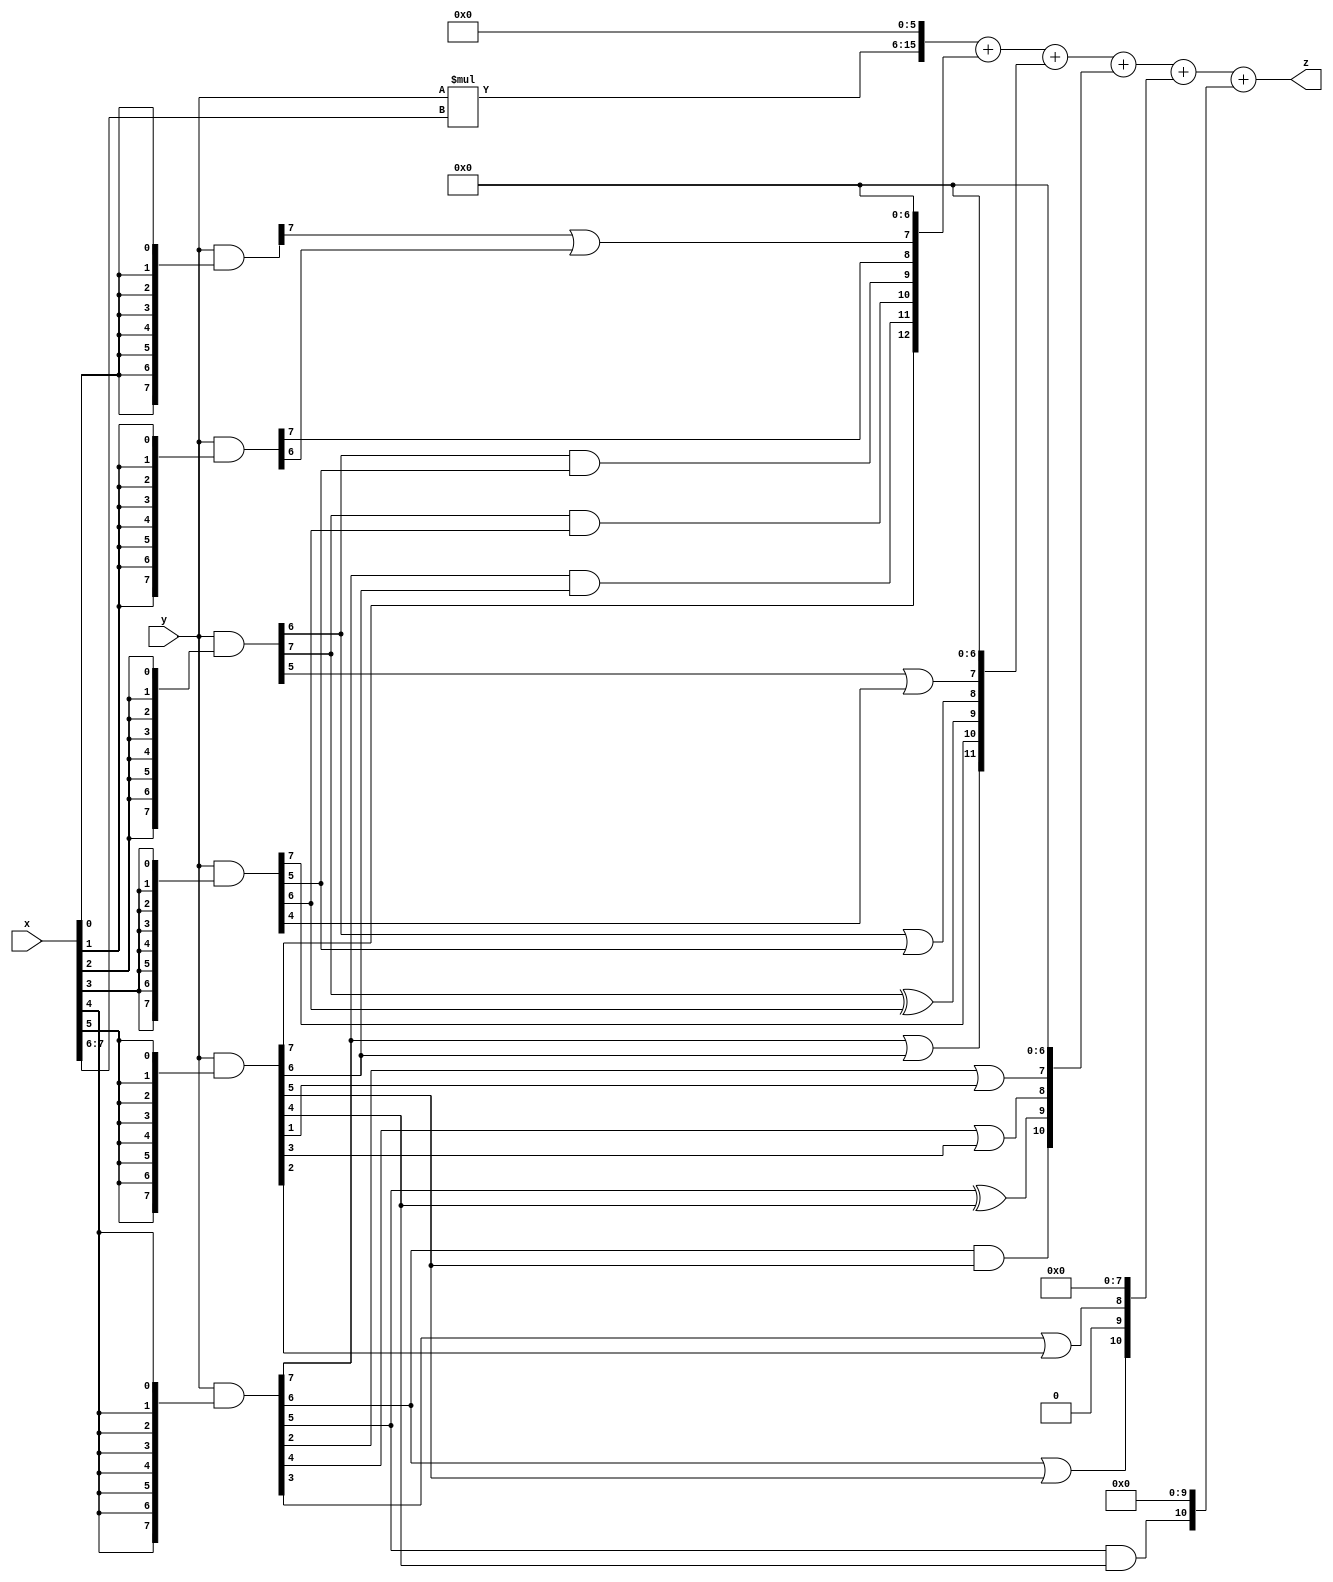
// terms: 18
// fval:  209294.25

module unsigned_exchange_8x8_l6_lamb10000_8 (
	input [7:0] x,
	input [7:0] y,
	output [15:0] z
);

wire [7:0] part1 =  y & {8{x[0]}};
wire [7:0] part2 =  y & {8{x[1]}};
wire [7:0] part3 =  y & {8{x[2]}};
wire [7:0] part4 =  y & {8{x[3]}};
wire [7:0] part5 =  y & {8{x[4]}};
wire [7:0] part6 =  y & {8{x[5]}};
wire [7:0] part7 =  y & {8{x[6]}};
wire [7:0] part8 =  y & {8{x[7]}};

wire [12:0] new_part1;
assign new_part1[0] = 0;
assign new_part1[1] = 0;
assign new_part1[2] = 0;
assign new_part1[3] = 0;
assign new_part1[4] = 0;
assign new_part1[5] = 0;
assign new_part1[6] = 0;
assign new_part1[7] = part1[7] | part2[6];
assign new_part1[8] = part2[7];
assign new_part1[9] = part3[6] & part4[5];
assign new_part1[10] = part3[7] & part4[6];
assign new_part1[11] = part5[7] & part6[6];
assign new_part1[12] = part6[7];

wire [11:0] new_part2;
assign new_part2[0] = 0;
assign new_part2[1] = 0;
assign new_part2[2] = 0;
assign new_part2[3] = 0;
assign new_part2[4] = 0;
assign new_part2[5] = 0;
assign new_part2[6] = 0;
assign new_part2[7] = part3[5] | part4[4];
assign new_part2[8] = part3[6] | part4[5];
assign new_part2[9] = part3[7] ^ part4[6];
assign new_part2[10] = part4[7];
assign new_part2[11] = part5[7] | part6[6];

wire [10:0] new_part3;
assign new_part3[0] = 0;
assign new_part3[1] = 0;
assign new_part3[2] = 0;
assign new_part3[3] = 0;
assign new_part3[4] = 0;
assign new_part3[5] = 0;
assign new_part3[6] = 0;
assign new_part3[7] = part5[2] | part6[1];
assign new_part3[8] = part5[4] | part6[3];
assign new_part3[9] = part5[5] ^ part6[4];
assign new_part3[10] = part5[6] & part6[5];

wire [10:0] new_part4;
assign new_part4[0] = 0;
assign new_part4[1] = 0;
assign new_part4[2] = 0;
assign new_part4[3] = 0;
assign new_part4[4] = 0;
assign new_part4[5] = 0;
assign new_part4[6] = 0;
assign new_part4[7] = 0;
assign new_part4[8] = part5[3] | part6[2];
assign new_part4[9] = 0;
assign new_part4[10] = part5[6] | part6[5];

wire [10:0] new_part5;
assign new_part5[0] = 0;
assign new_part5[1] = 0;
assign new_part5[2] = 0;
assign new_part5[3] = 0;
assign new_part5[4] = 0;
assign new_part5[5] = 0;
assign new_part5[6] = 0;
assign new_part5[7] = 0;
assign new_part5[8] = 0;
assign new_part5[9] = 0;
assign new_part5[10] = part5[5] & part6[4];

wire [9:0] tmp_z = y*x[7:6];

assign z = {tmp_z, 6'd 0} + new_part1 + new_part2 + new_part3 + new_part4 + new_part5;

endmodule